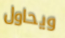
ويحاول